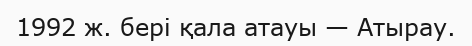
1992 ж. бері қала атауы — Атырау.